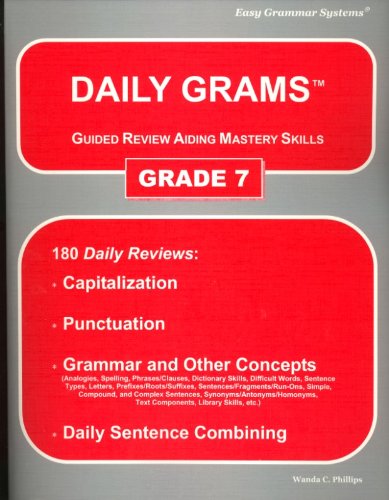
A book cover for Daily Grams: Guided Review Aiding Mastery Skills : Grade 7; Wanda C. Phillips; Teen & Young Adult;